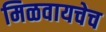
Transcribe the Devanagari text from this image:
मिळवायचेच